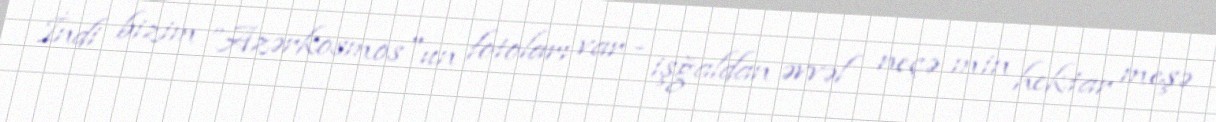
İndi bizim ”Azərkosmos"un fotoları var - işğaldan əvvəl neçə min hektar meşə